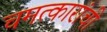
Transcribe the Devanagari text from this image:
चमत्कारांची